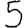
Digit: 5